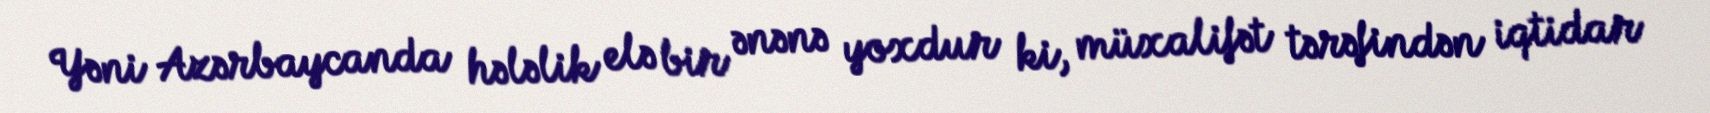
Yəni Azərbaycanda hələlik elə bir ənənə yoxdur ki, müxalifət tərəfindən iqtidar